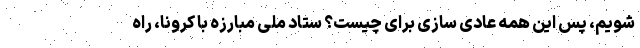
شویم، پس این همه عادی سازی برای چیست؟ ستاد ملی مبارزه با کرونا، راه